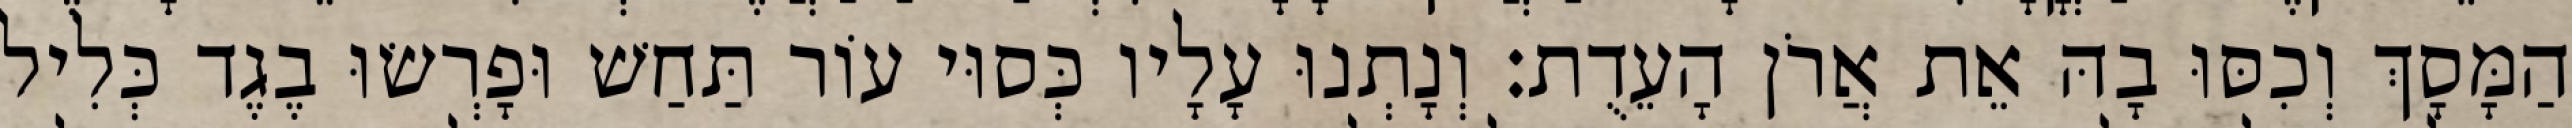
הַמָּסָךְ וְכִסּוּ בָהּ אֵת אֲרֹן הָעֵדֻת׃ וְנָתְנוּ עָלָיו כְּסוּי עוֹר תַּחַשׁ וּפָרְשׂוּ בֶגֶד כְּלִיל